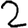
Digit: 2